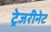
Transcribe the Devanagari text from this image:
ट्रेजरीनेट